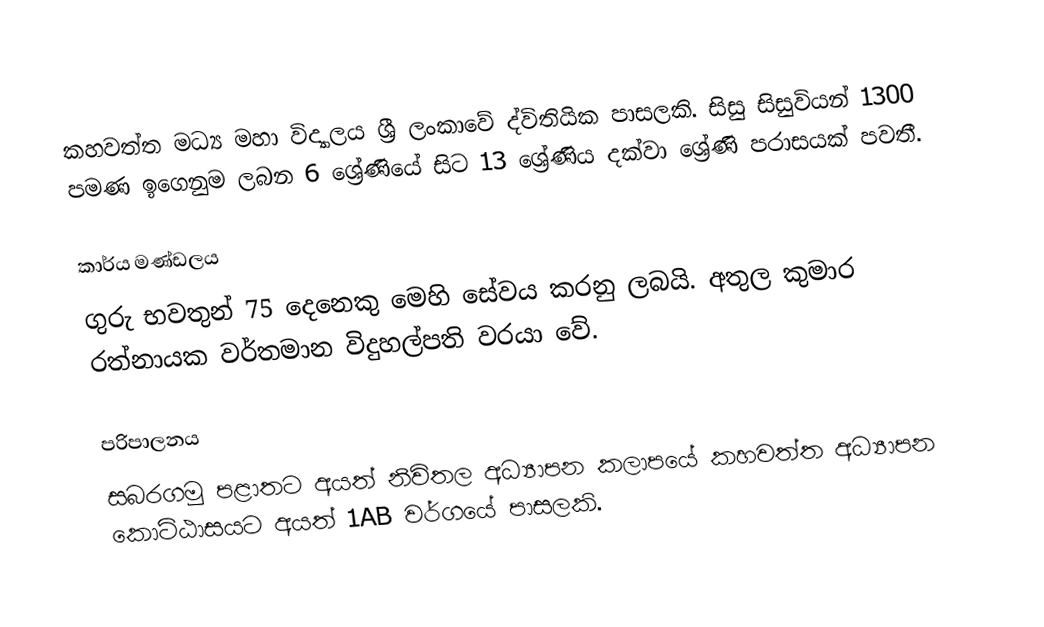
කහවත්ත මධ්‍ය මහා විද්‍යාලය ශ්‍රී ලංකාවේ  ද‍්විතියික පාසලකි. සිසු සිසුවියන් 1300 පමණ ඉගෙනුම ලබන 6 ශ්‍රේණියේ සිට 13 ශ්‍රේණිය දක්වා ශ්‍රේණි පරාසයක් පවතී.

කාර්ය මණ්ඩලය
ගුරු භවතුන් 75 දෙනෙකු මෙහි සේවය කරනු ලබයි. අතුල කුමාර රත්නායක වර්තමාන විදුහල්පති වරයා වේ.

පරිපාලනය
සබරගමු පළාතට අයත් නිවිතල අධ්‍යාපන කලාපයේ කහවත්ත අධ්‍යාපන කොට්ඨාසයට  අයත් 1AB වර්ගයේ පාසලකි.